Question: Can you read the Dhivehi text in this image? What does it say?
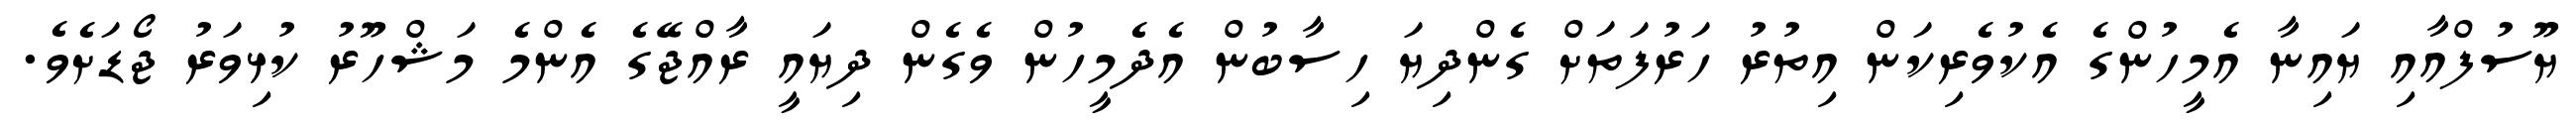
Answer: ޔޫސުފްއާއި ޔައިނާ އެމީހުންގެ އެކުވެރިކަން އިތުރު ހަރުފަތަށް ގެންދިޔަ ހިސާބުން އެދެމީހުން ވެގެން ދިޔައީ ރާއްޖޭގެ އެންމެ މަޝްހޫރު ކުޅިވަރު ޖޯޑަށެވެ.